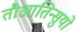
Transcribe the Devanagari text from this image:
तौआतिन्सुयो